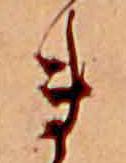
ま